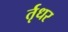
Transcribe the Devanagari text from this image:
र्तृधर